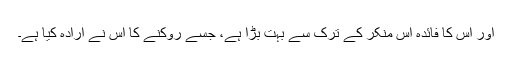
اور اس کا فائدہ اس منکر کے ترک سے بہت بڑا ہے، جسے روکنے کا اس نے ارادہ کیا ہے۔